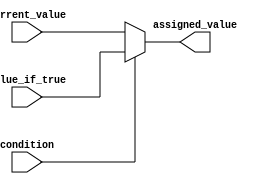
module conditional_assign (
    input wire condition,
    input wire [7:0] value_if_true,
    input wire [7:0] current_value,
    output reg [7:0] assigned_value
);

always @(condition, value_if_true, current_value)
begin
    if (condition)
        assigned_value = value_if_true;
    else
        assigned_value = current_value;
end

endmodule